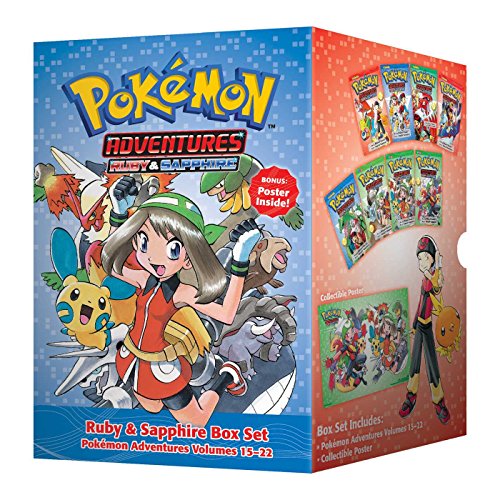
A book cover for PokÃ©mon Adventures Ruby & Sapphire Box Set: Includes Volumes 15-22 (Pokemon); Hidenori Kusaka; Children's Books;